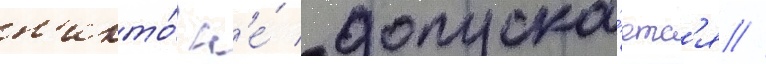
н'икто́ н'е́ допуска́етс'я //